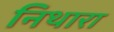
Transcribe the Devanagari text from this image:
निथारा